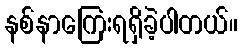
နစ်နာကြေးရရှိခဲ့ပါတယ်။